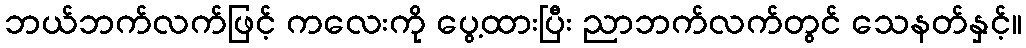
ဘယ်ဘက်လက်ဖြင့် ကလေးကို ပွေ့ထားပြီး ညာဘက်လက်တွင် သေနတ်နှင့်။